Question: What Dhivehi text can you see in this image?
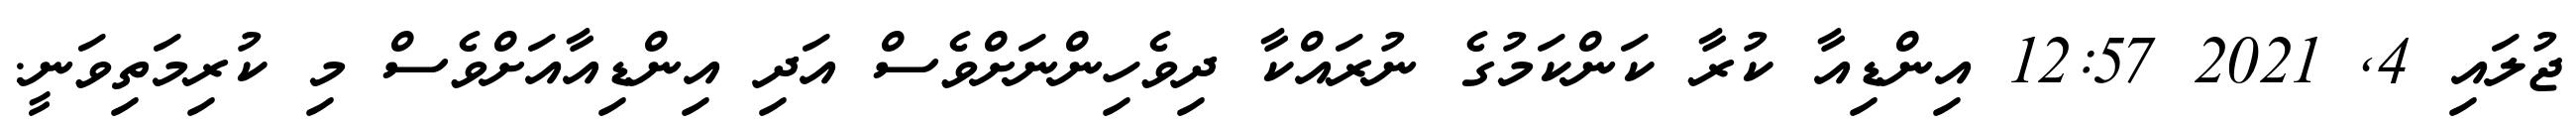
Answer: ޖުލައި 4, 2021 12:57 އިންޑިއާ ކުރާ ކަންކަމުގެ ނުރައްކާ ދިވެހިންނަށްވެސް އަދި އިންޑިއާއަށްވެސް މި ކުރިމަތިވަނީ.